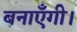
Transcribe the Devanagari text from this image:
बनाएँगी।